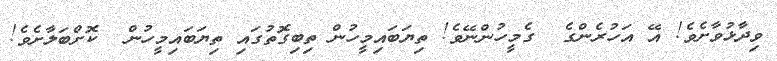
ވިދާޅުވާށެވެ! އޭ އަހުރެންގެ  ގެމީހުންނޭވެ! ތިޔަބައިމީހުން ތިބިގޮތުގައި ތިޔަބައިމީހުން  ކޮށްބަލާށެވެ!